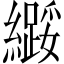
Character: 𫄌